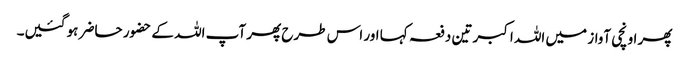
پھر اونچی آواز میں اللہ اکبر تین دفعہ کہا اور اس طرح پھر آپ اللہ کے حضور حاضر ہو گئیں۔